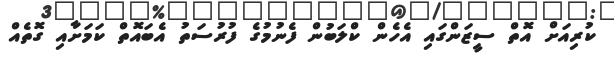
ކުރިއަށް އޮތް ސީޒަންގައި އެހެން ކްލަބުން ފެނުމުގެ ފުރުސަތު އެބައޮތް ކަމަށާއި ގޮތެއް